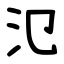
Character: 氾